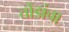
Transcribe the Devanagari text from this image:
तोंडांचा